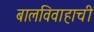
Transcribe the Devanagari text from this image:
बालविवाहाची